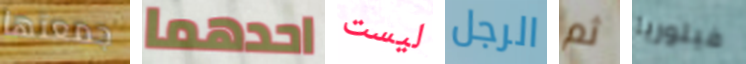
جمعتها احدهما ليست الرجل ثم فيتوريا